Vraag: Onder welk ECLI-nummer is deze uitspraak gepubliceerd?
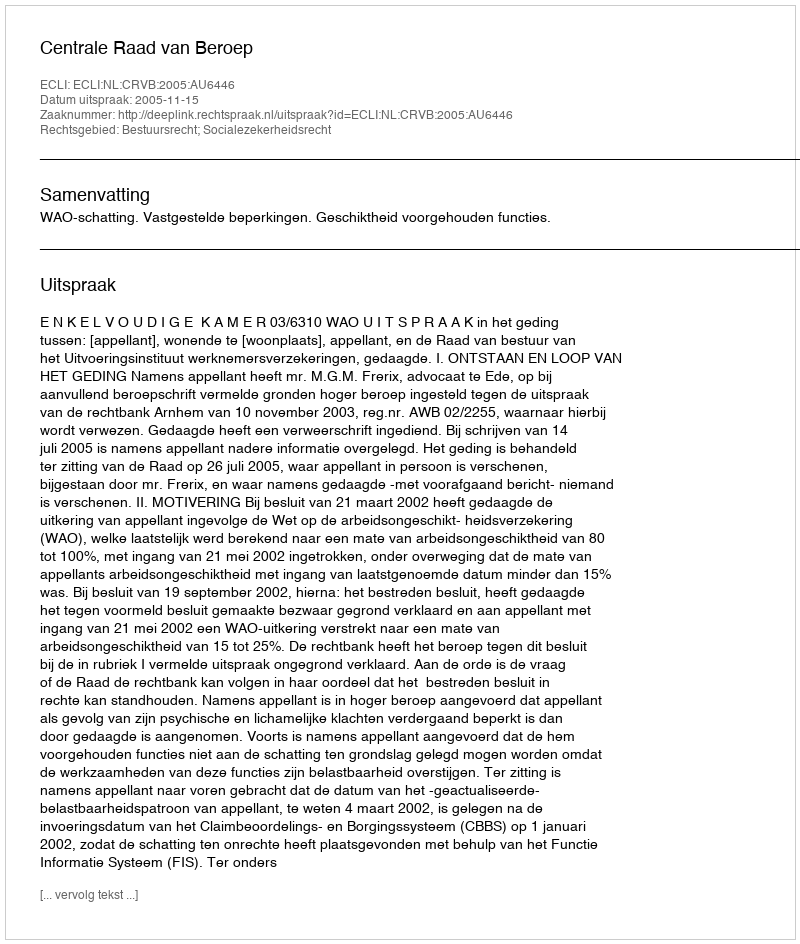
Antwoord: ECLI:NL:CRVB:2005:AU6446